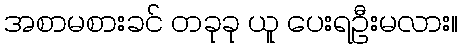
အစာမစားခင် တခုခု ယူ ပေးရဦးမလား။